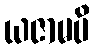
ယဇာမပိ